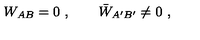
W _ { A B } = 0 \ , \qquad \bar { W } _ { A ^ { \prime } B ^ { \prime } } \neq 0 \ ,